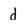
Character: d